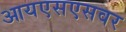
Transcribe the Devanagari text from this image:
आयएसएसवर